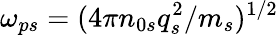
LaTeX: \omega_{ps}=(4\pi n_{0s}q_{s}^{2}/m_{s})^{1/2}